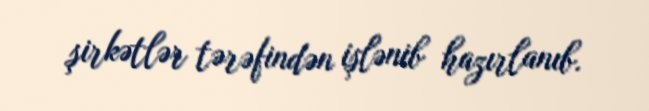
şirkətlər tərəfindən işlənib hazırlanıb.